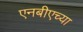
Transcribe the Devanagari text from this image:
एनबीएच्या